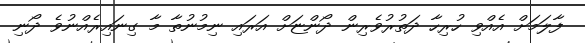
ފާލަމަށް އެއްވި ހުރިހާ ދަތުރުވެރިން ދޯންޏަށް އަރައި ނިމުނުތާ މާ ގިނައިރެއްނުވެ ދޯނި